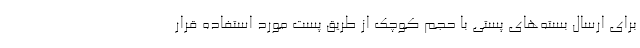
برای ارسال بسته‌های پستی با حجم کوچک از طریق پست مورد استفاده قرار